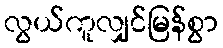
လွယ်ကူလျှင်မြန်စွာ